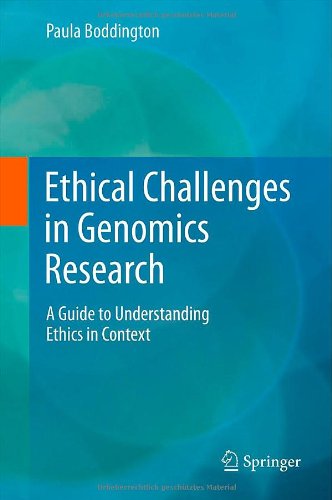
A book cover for Ethical Challenges in Genomics Research: A Guide to Understanding Ethics in Context; Paula Boddington; Law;